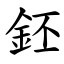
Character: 鉟